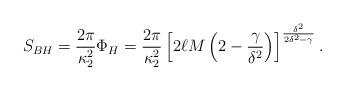
LaTeX: \begin{align*}S_{BH}={{2\pi}\over{\kappa^2_2}}\Phi_H={{2\pi}\over{\kappa^2_2}}\left[2\ell M\left(2-{\gamma\over{\delta^2}}\right)\right]^{{\delta^2}\over{2\delta^2-\gamma}}.\end{align*}